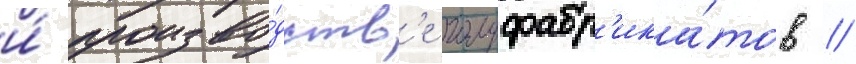
и́ произво́дств'е полуфабр'ика́тов //